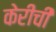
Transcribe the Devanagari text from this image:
केरीची